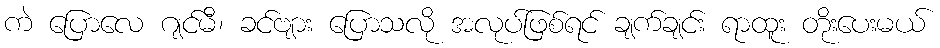
ကဲ ပြောလေ ဂျင်မီ၊ ခင်ဗျား ပြောသလို အလုပ်ဖြစ်ရင် ချက်ချင်း ရာထူး တိုးပေးမယ်